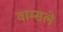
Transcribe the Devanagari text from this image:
वाम्सले